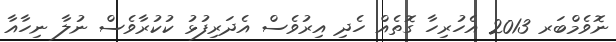
ނޮވެމްބަރ 2013 އެހުރިހާ ގޮތެއް ހެދި އިރުވެސް އެދަރިފުޅު ކުކުރާވެސް ނުލާ ނިހާއާ